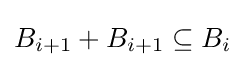
B_{i+1}+B_{i+1}\subseteq B_{i}